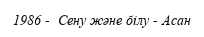
1986 -  Сену және білу - Асан